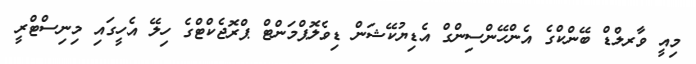
މިއީ ވާރލްޑް ބޭންކްގެ އެންހޭންސިންގް އެޑިޔުކޭޝަން ޑިވެލޮޕްމަންޓް ޕްރޮޖެކްޓްގެ ހިލޭ އެހީގައި މިނިސްޓްރީ